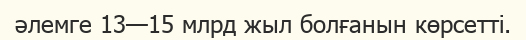
әлемге 13—15 млрд жыл болғанын көрсетті.